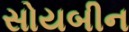
સોયબીન